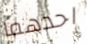
احدهما